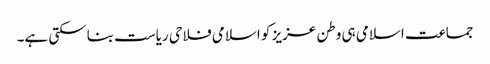
جماعت اسلامی ہی وطن عزیز کو اسلامی فلاحی ریاست بناسکتی ہے۔